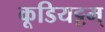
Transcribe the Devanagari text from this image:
कूडियट्टम्